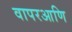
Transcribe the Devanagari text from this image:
वापरआणि